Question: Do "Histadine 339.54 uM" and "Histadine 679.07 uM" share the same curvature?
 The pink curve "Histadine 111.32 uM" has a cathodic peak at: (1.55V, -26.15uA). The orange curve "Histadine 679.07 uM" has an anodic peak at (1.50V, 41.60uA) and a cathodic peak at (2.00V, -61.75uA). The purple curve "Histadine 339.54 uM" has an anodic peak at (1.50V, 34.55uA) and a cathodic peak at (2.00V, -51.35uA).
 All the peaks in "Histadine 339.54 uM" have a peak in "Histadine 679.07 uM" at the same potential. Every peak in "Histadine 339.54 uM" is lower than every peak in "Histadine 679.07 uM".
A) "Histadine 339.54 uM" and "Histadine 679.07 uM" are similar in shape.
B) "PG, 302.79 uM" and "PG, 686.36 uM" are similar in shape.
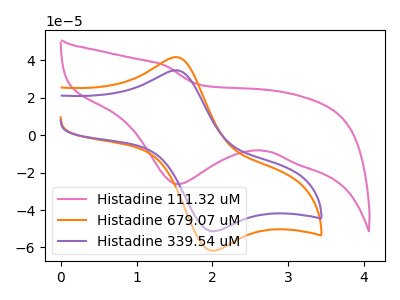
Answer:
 <answer>A) "Histadine 339.54 uM" and "Histadine 679.07 uM" are similar in shape.</answer>
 <eval>A</eval>